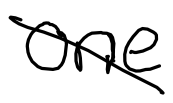
Text: one
Cross-out: diagonal
Writing tool: digital_black